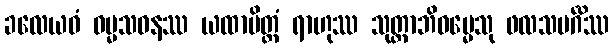
ခလေယဝံ ဓမ္မသဝနဿ ယထာမိတ္တံ ရာဟုဿ သုတ္တာဘိဓမ္မေသု ဖလသမင်္ဂိဿ